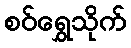
စဝ်ရွှေသိုက်